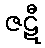
ဇဋီ